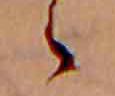
ゝ